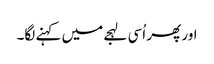
اور پھر اُسی لہجے میں کہنے لگا۔